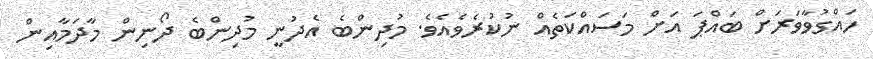
ހައްގުވާވަރަށް ބައްޕަ އަށް މަސައްކަތެއް ނުކުރެވެއެވެ. މުދިންބެ އެދުނީ މުދިންބެ ދޯނިން މާދަމާއިން